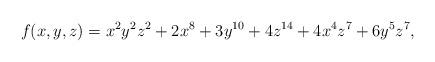
LaTeX: \begin{align*} f(x,y,z) = x^2y^2z^2+2x^8+3y^{10}+4z^{14}+4x^4z^7+6y^5z^7,\end{align*}